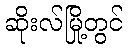
ဆိုးလ်မြို့တွင်